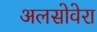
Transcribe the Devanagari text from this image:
अलसोवेरा